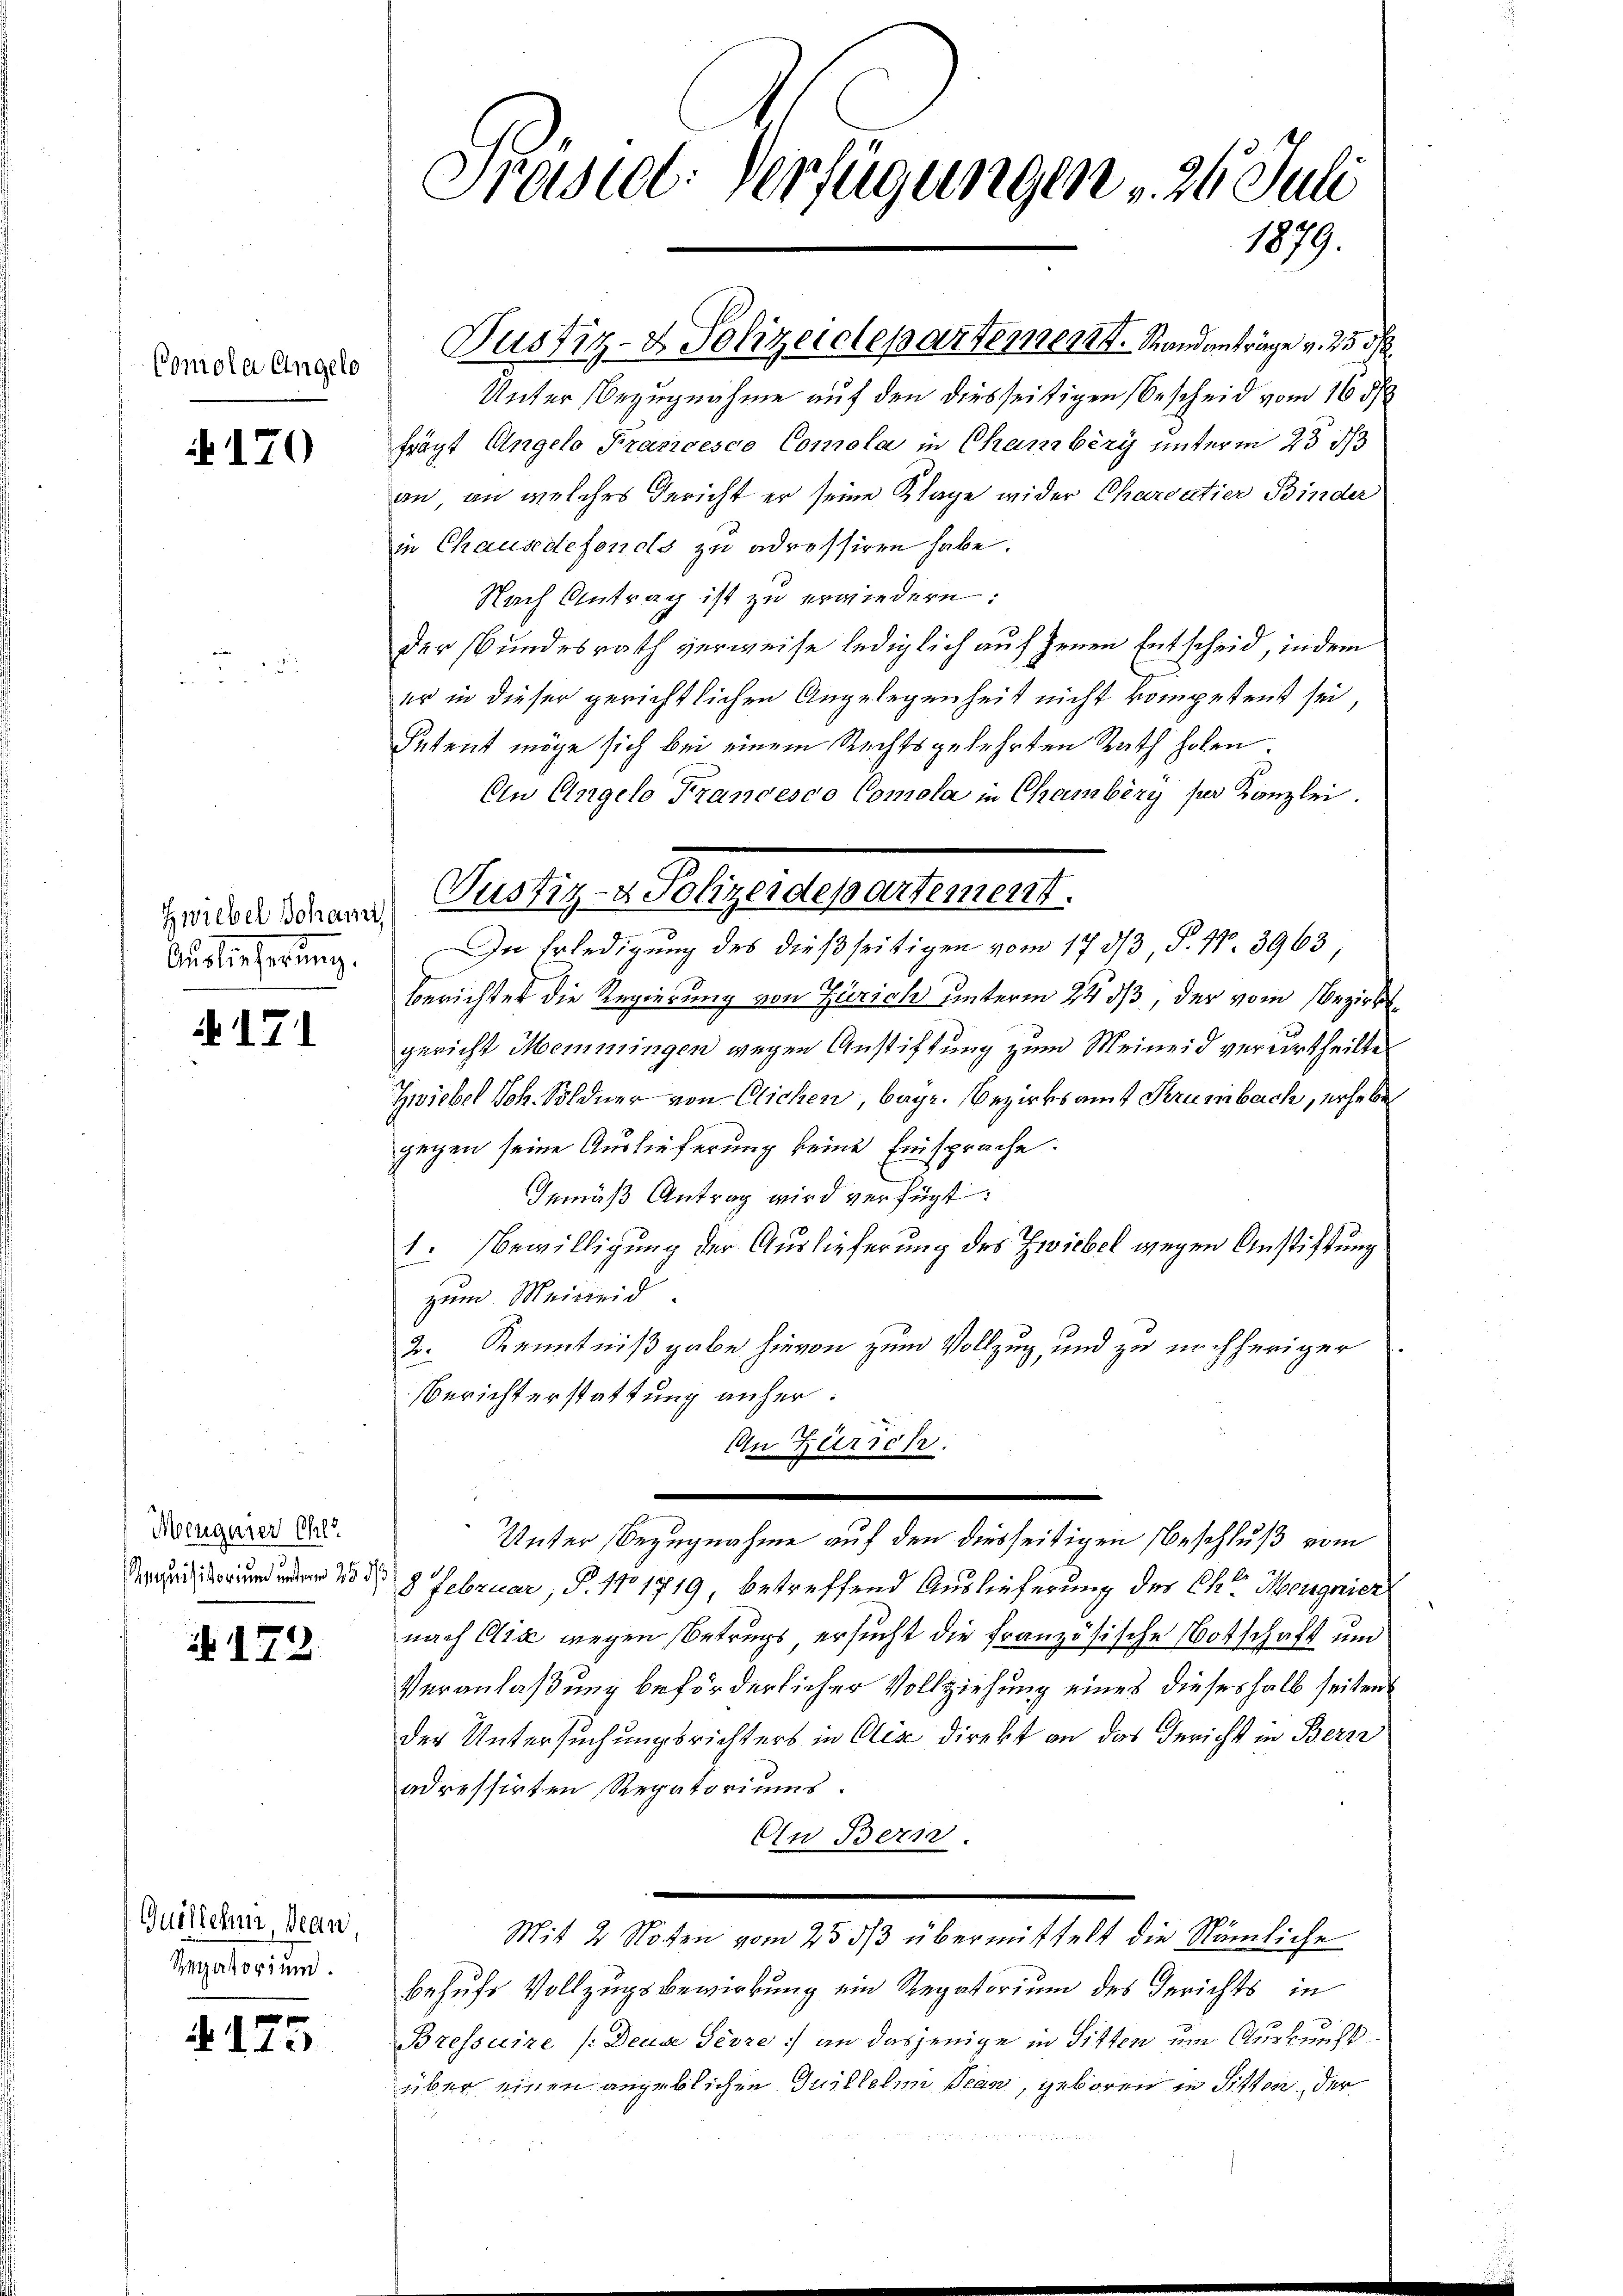
Comola Engelo

170

Zwiebel Johann,
Auslieferung.

171

Mengerer Chl
Inquisitorium unterm 25. d.

172.

Guillcher Bean
Regatorium.

e
 115

Prasiel: Verfügungen v. 24. Juli
1879.

Justiz- & Polizeidepartement. Standanträge v. 25 d
Unter Bezugnahme auf den diesseitigen Bescheid vom 16 1/
frägt Ungelo Prancesco Comola in Chamberg unterm 23 d
an, an welches Gericht er seine Klage wider Charoatier Binder
in Chaus defends zu adressiren habe.
Nach Antrag ist zu erwiedern:
der Bundesrath verweise lediglich auf jenen Entscheid, indem
er in dieser gerichtlichen Angelegenheit nicht kompetent sei,
Petent möge sich bei einem Rechtsgekehrten Rath holen.
An Angelo Francesco Comola in Chambéry per Kanzlei.
In Erledigung des dießseitigen vom 17 3/3, S. Nr. 3963,
Berichtet die Regierung von Zürich unterm 24. ds, der vom Bezirksgericht Memmingen wegen Anstiftung zum Meineid verurtheilte
Zwiebel Joh. Söldner von Glichen, bayr. Bezirksamt Krumbach, erheben
gegen seine Auslieferung keine Einsprache:
Gemäß Antrag wird verfügt:
1. Bewilligung der Auslieferung des Zwiebel wegen Anstiftung
zum Meileid
2. Kenntnißgabe hievon zum Vollzug, und zu nachheriger
Berichterstattung anher:
An Zürich.
.
Unter Bezugnahme auf den diesseitigen Beschluß vom
8 Februar, P. No 1719 betreffend Auslieferung des Chr Mongnier
nach Clić wegen Betrugs ersucht die französische Botschaft und
Veranlaßung beförderlicher Vollziehung eines dieseshalb seiten
der Untersuchungsrichters in Aix direkt an das Gericht in Bern
adressirten Regatoriums.
An Bern.
.
Mit 2 Noten vom 23 3/3 übermittelt die Nämliche
behufs Vollzugsbewirkung ein Regatorium des Gerichts in
Bressaire /:Deuse Sevze:/ an dasjenige in Sitten um Auskunft
über einen angeblichen Guillelen Bean, geboren in Sitten, der
.

Justiz- & Polizeidepartement.